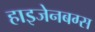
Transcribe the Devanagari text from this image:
हाइजेनबग्स